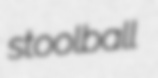
stoolball